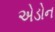
એડોન